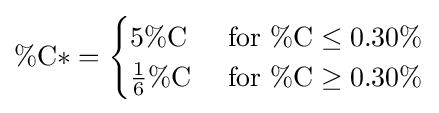
\%{\text{C}}*={\begin{cases}5\%{\text{C}}&{\mbox{ for }}\%{\text{C}}\leq 0.30\%\\{\frac {1}{6}}\%{\text{C}}&{\mbox{ for }}\%{\text{C}}\geq 0.30\%\end{cases}}